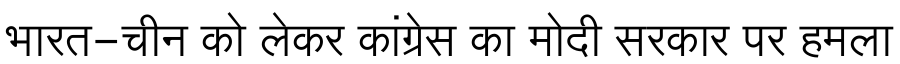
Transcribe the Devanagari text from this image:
भारत-चीन को लेकर कांग्रेस का मोदी सरकार पर हमला